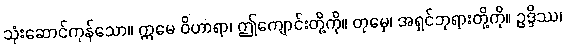
သုံးဆောင်ကုန်သော။ ဣမေ ဝိဟာရာ၊ ဤကျောင်းတို့ကို။ တုမှေ၊ အရှင်ဘုရားတို့ကို။ ဥဒ္ဒိဿ၊